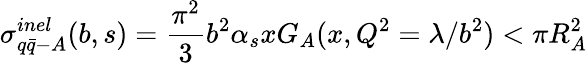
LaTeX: \sigma_{q\bar{q}-A}^{inel}(b,s)={\frac{\pi^{2}}{3}}b^{2}\alpha_{s}xG_{A}(x,Q^{2}=\lambda/b^{2})<\pi R_{A}^{2}